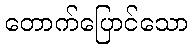
တောက်ပြောင်သော